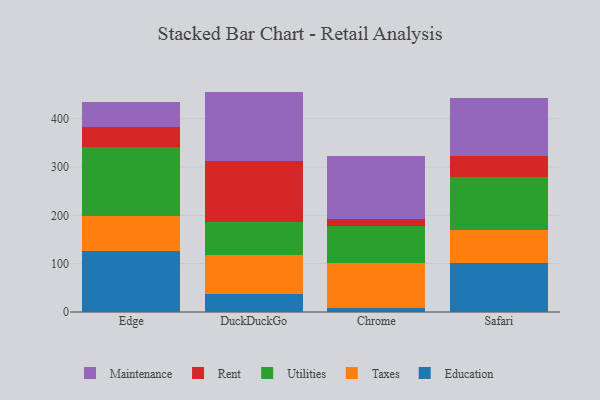
{"axis": {"x": "Browser", "y": "Gross Profit (USD K)"}, "legend": ["Education", "Maintenance", "Rent", "Taxes", "Utilities"], "data": [{"x": "Edge", "y": 127.2, "type": "Education"}, {"x": "Edge", "y": 71.0, "type": "Taxes"}, {"x": "Edge", "y": 143.0, "type": "Utilities"}, {"x": "Edge", "y": 41.9, "type": "Rent"}, {"x": "Edge", "y": 51.7, "type": "Maintenance"}, {"x": "DuckDuckGo", "y": 36.8, "type": "Education"}, {"x": "DuckDuckGo", "y": 80.6, "type": "Taxes"}, {"x": "DuckDuckGo", "y": 69.2, "type": "Utilities"}, {"x": "DuckDuckGo", "y": 124.9, "type": "Rent"}, {"x": "DuckDuckGo", "y": 144.5, "type": "Maintenance"}, {"x": "Chrome", "y": 9.2, "type": "Education"}, {"x": "Chrome", "y": 93.1, "type": "Taxes"}, {"x": "Chrome", "y": 76.5, "type": "Utilities"}, {"x": "Chrome", "y": 14.4, "type": "Rent"}, {"x": "Chrome", "y": 129.2, "type": "Maintenance"}, {"x": "Safari", "y": 100.5, "type": "Education"}, {"x": "Safari", "y": 69.9, "type": "Taxes"}, {"x": "Safari", "y": 108.5, "type": "Utilities"}, {"x": "Safari", "y": 44.5, "type": "Rent"}, {"x": "Safari", "y": 120.3, "type": "Maintenance"}]}